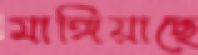
মাঙ্গিয়াছে